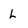
Character: L